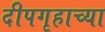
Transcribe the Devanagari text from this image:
दीपगृहाच्या